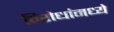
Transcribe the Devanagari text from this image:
विरोधांमध्ये